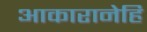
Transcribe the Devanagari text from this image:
आकारानेहि